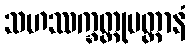
သဟဿက္ခတ္တုမတ္တာနံ